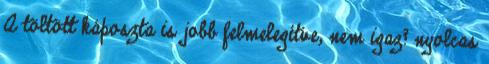
A töltött káposzta is jobb felmelegítve, nem igaz? nyolcas